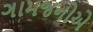
ગામજનોએ